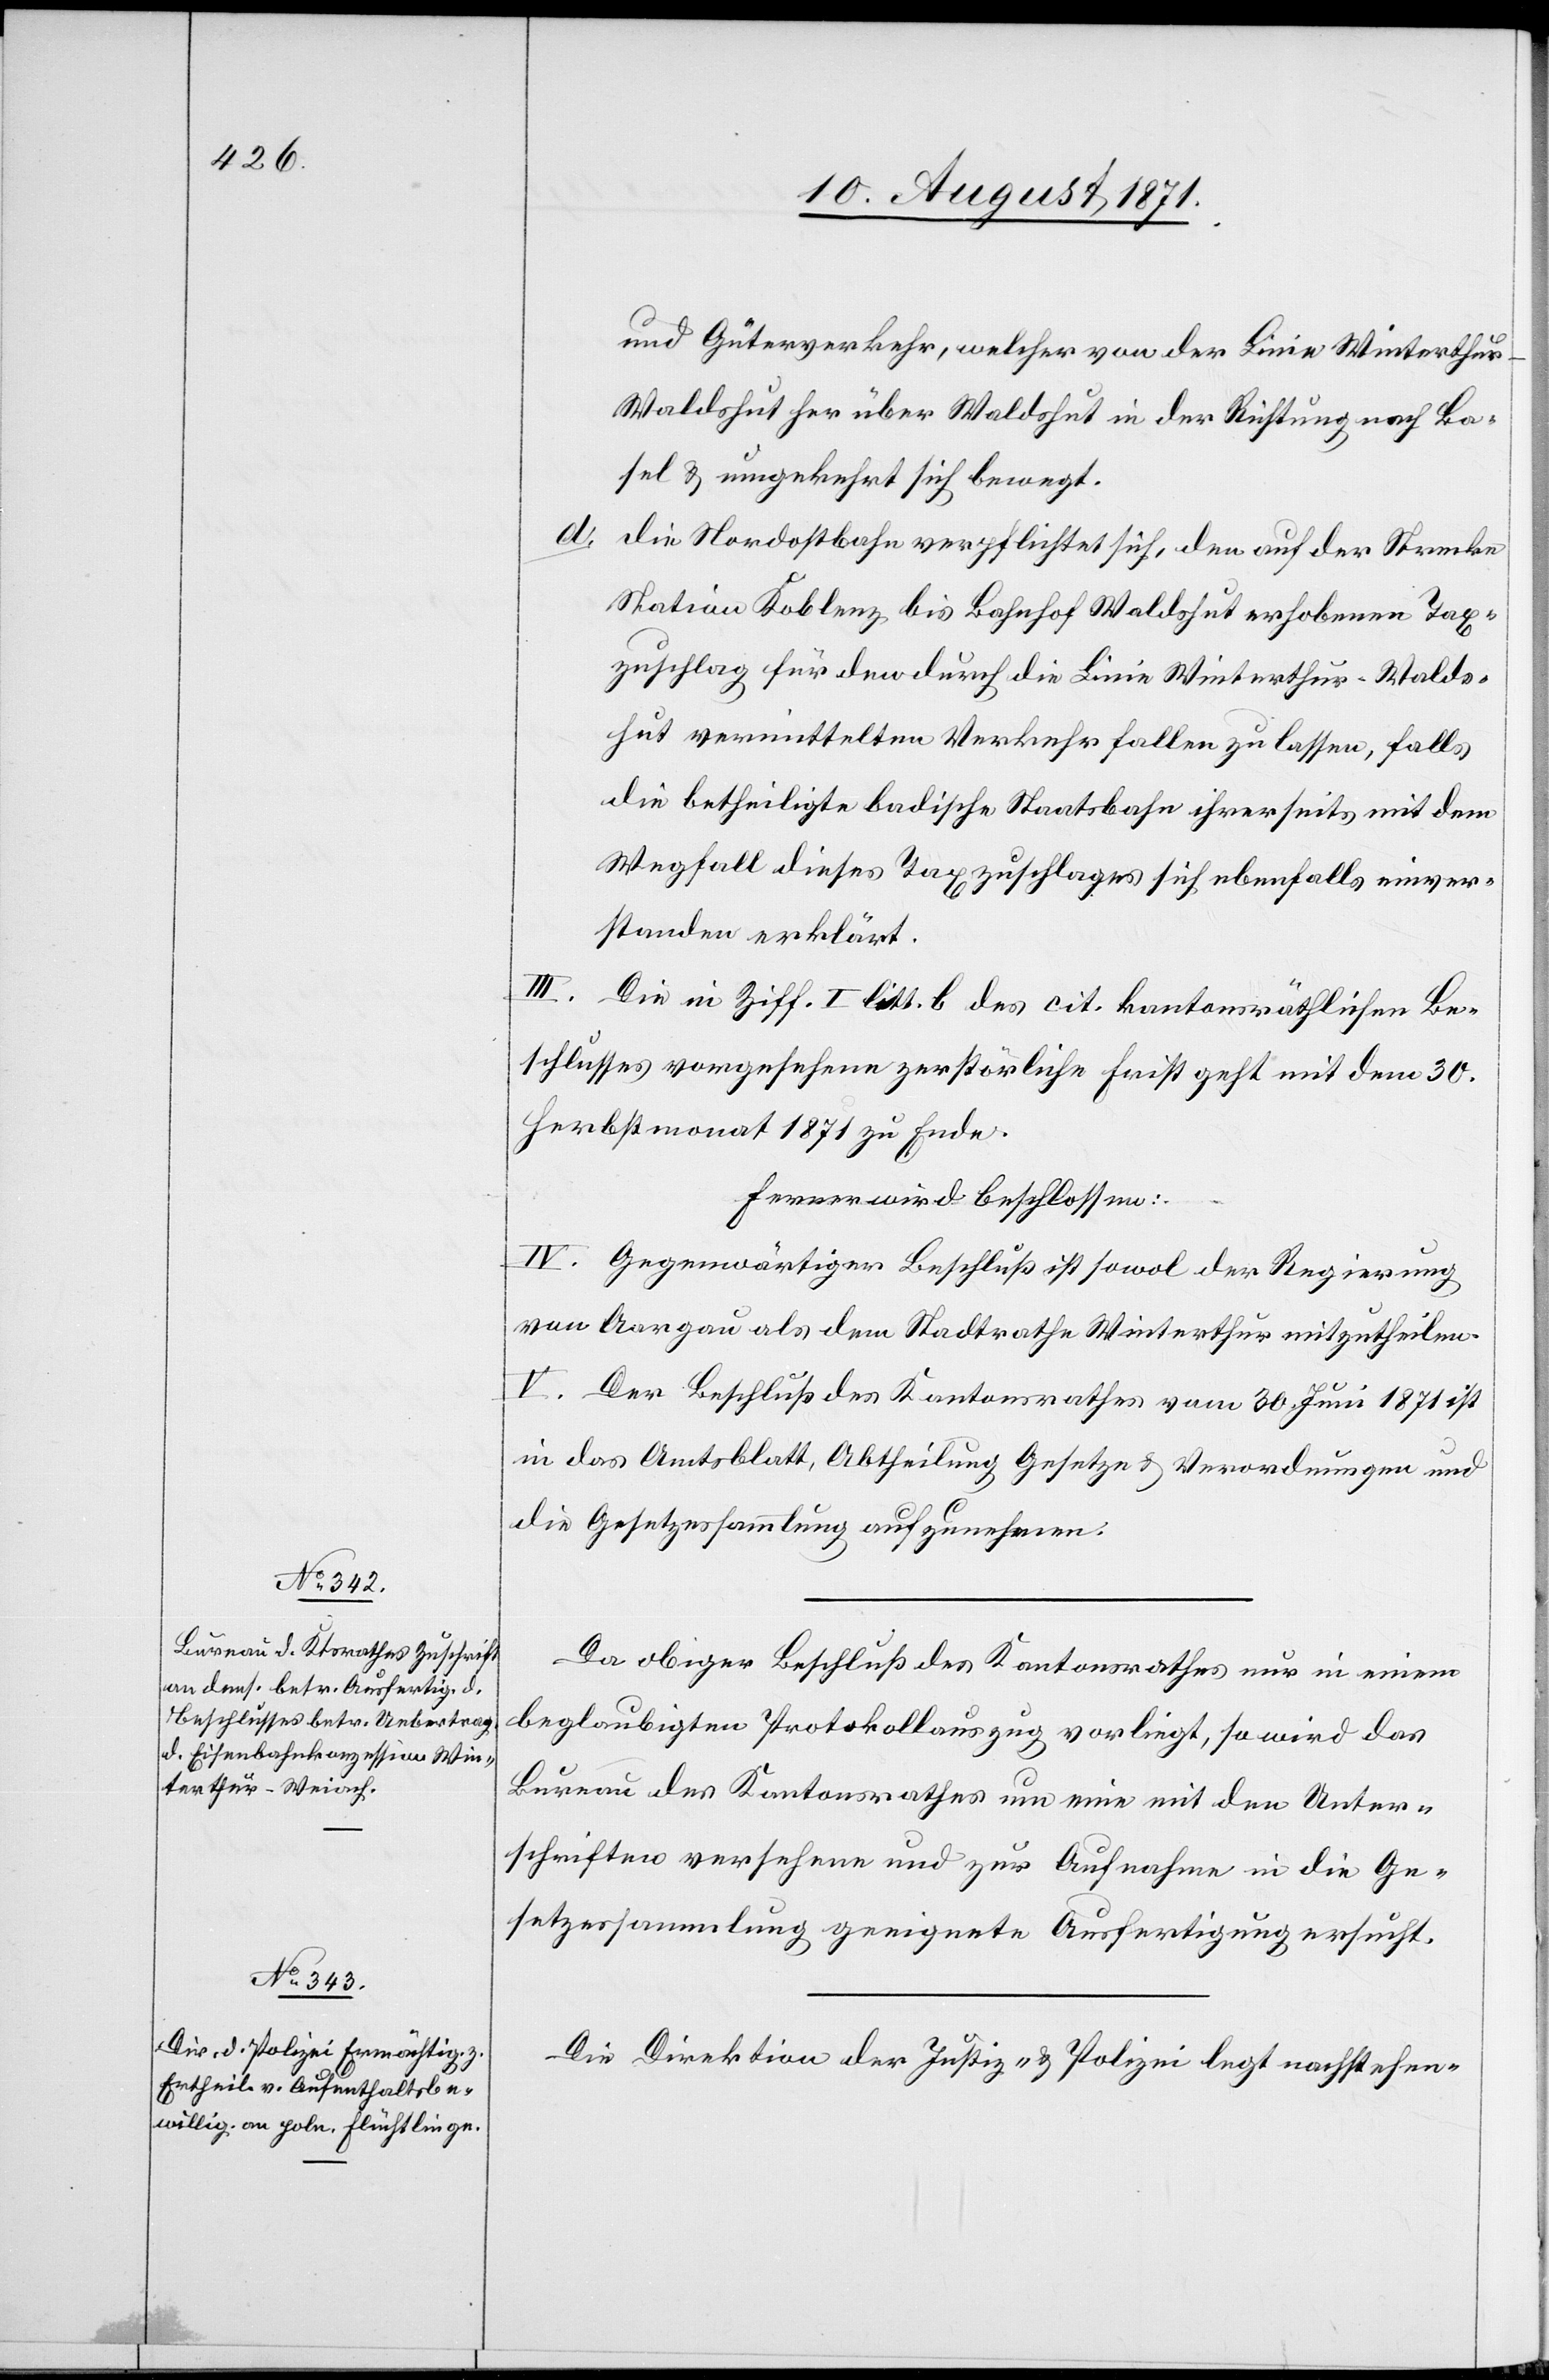
und Güterverkehr, welcher von der Linie Winterthur–W¬
aldshut her über Waldshut in der Richtung nach Ba¬
sel & umgekehrt sich bewegt.
d.
die Nordostbahn verpflichtet sich, den auf der Strecke
Station Koblenz bis Bahnhof Waldshut erhobenen Tax¬
zuschlag für den durch die Linie Winterthur–Walds¬
hut vermittelten Verkehr fallen zu lassen, falls
die betheiligte badische Staatsbahn ihrerseits mit dem
Wegfall dieses Taxzuschlages sich ebenfalls einver¬
standen erklärt.
III. Die in Ziff. I litt. b. des cit. kantonsräthlichen Be¬
schlusses vorgesehene zerstörliche Frist geht mit dem 30.
Herbstmonat 1871 zu Ende.
Ferner wird beschlossen:
IV. Gegenwärtiger Beschluss ist sowol der Regierung
von Aargau als dem Stadtrathe Winterthur mitzutheilen.
V. Der Beschluss des Kantonsrathes vom 30. Juni 1871 ist
in das Amtsblatt, Abteilung Gesetze & Verordnungen und
die Gesetzessammlung aufzunehmen.
Da obiger Beschluß des Kantonsrathes nur in einem
beglaubigten Protokollauszug vorliegt, so wird das
Bureau des Kantonsrathes um eine mit den Unter¬
schriften versehene und zur Aufnahme in die Ge¬
setzessammlung geeignete Ausfertigung ersucht.
Die Direktion der Justiz & Polizei legt nachstehen-